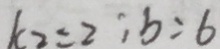
k _ { 2 } = 2 ; b = 6